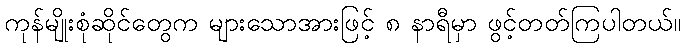
ကုန်မျိုးစုံဆိုင်တွေက များသောအားဖြင့် ၈ နာရီမှာ ဖွင့်တတ်ကြပါတယ်။